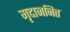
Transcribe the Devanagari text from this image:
मृदाजनित